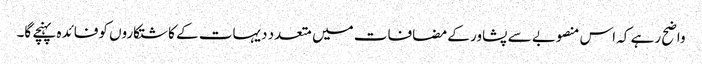
واضح رہے کہ اس منصوبے سے پشاور کے مضافات میں متعدد دیہات کے کاشتکاروں کوفائدہ پہنچے گا۔